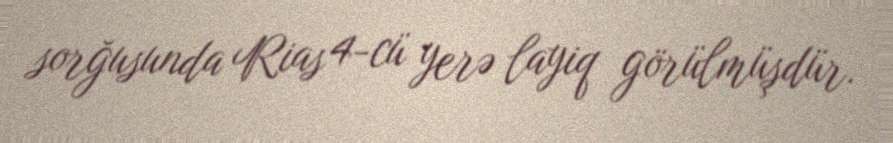
sorğusunda Rias 4-cü yerə layiq görülmüşdür.